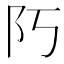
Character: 𨸑